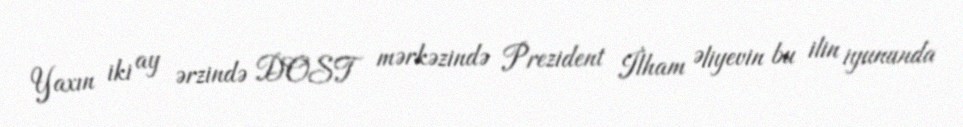
Yaxın iki ay ərzində DOST mərkəzində Prezident İlham Əliyevin bu ilin iyununda